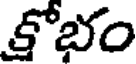
కోభం